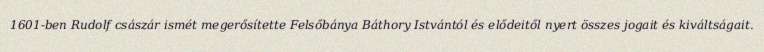
1601-ben Rudolf császár ismét megerősítette Felsőbánya Báthory Istvántól és elődeitől nyert összes jogait és kiváltságait.